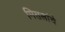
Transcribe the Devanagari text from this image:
मिसलांचे